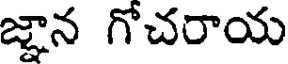
జ్ఞాన గోచరాయ